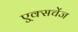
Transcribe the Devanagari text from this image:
ए्क्सचेंज